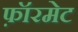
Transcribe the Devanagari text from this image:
फ़ॉरमेट